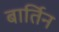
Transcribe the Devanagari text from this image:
बार्तिन